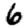
Digit: 6